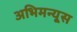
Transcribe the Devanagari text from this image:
अभिमन्यूस